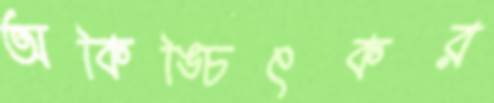
অকিঙ্চিৎকর